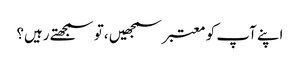
اپنے آپ کو معتبر سمجھیں ،تو سمجھتے رہیں؟